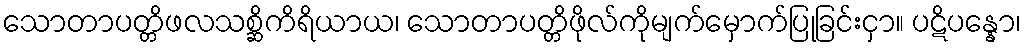
သောတာပတ္တိဖလသစ္ဆိကိရိယာယ၊ သောတာပတ္တိဖိုလ်ကိုမျက်မှောက်ပြုခြင်းငှာ။ ပဋိပန္နော၊